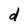
Character: d